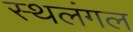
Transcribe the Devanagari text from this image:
स्थलंगल